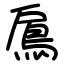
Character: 鳸